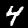
Digit: 4